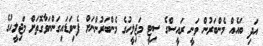
އަދި ބައެއް މެންބަރުން ވަނީ ރައީސްގެ ސިޓީ މަޖިލީހުގެ މެންބަރުންނަށް ފެނިވަޑައިގަންނަވާގޮތަށް މަޖިލީހުގެ